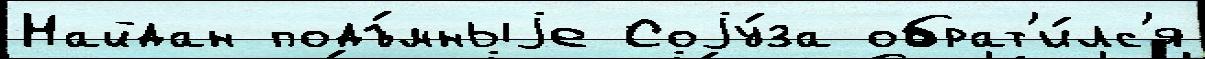
Найдан подъ́мныjе Соjу́за обрат'и́лс'я